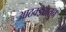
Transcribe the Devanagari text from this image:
आठवड्यातुन